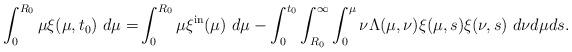
LaTeX: \begin{align*}\int_{0}^{R_{0}}\mu\xi(\mu,t_{0})\ d\mu=&\int_{0}^{R_{0}}\mu\xi^{\mathrm{in}}(\mu)\ d\mu-\int_{0}^{t_{0}}\int_{R_{0}}^{\infty}\int_{0}^{\mu}\nu\Lambda(\mu,\nu)\xi(\mu,s)\xi(\nu,s)\ d\nu d\mu ds.\end{align*}